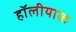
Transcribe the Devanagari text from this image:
हॉलीयाक